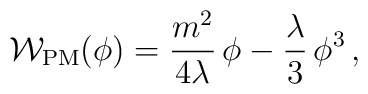
{\cal W}_{\rm PM}(\phi ) =\frac{m^2}{4\lambda}\,\phi-\frac{\lambda}{3}\,\phi^3\,,